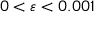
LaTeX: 0 < \varepsilon < 0 . 0 0 1